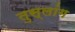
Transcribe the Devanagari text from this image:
तुस्‍लांग